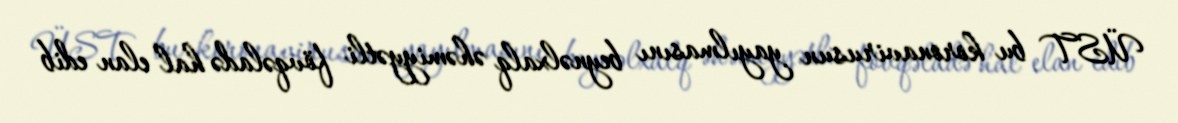
ÜST bu koronavirusun yayılmasını beynəlxalq əhəmiyyətli fövqəladə hal elan edib